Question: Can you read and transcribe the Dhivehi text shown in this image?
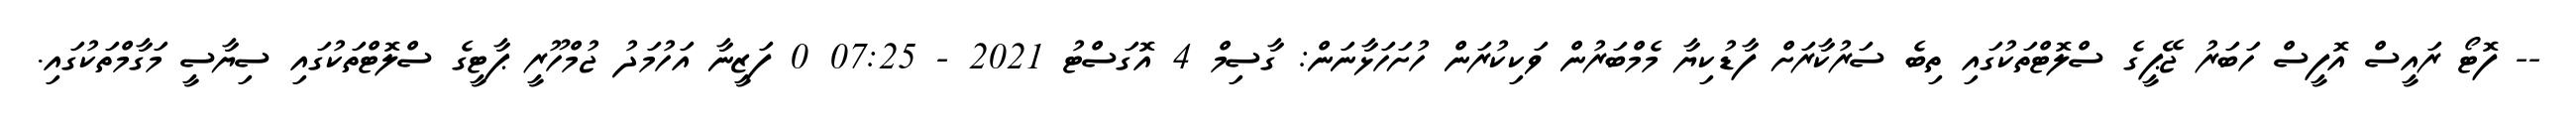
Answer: -- ފޮޓޯ ރައީސް އޮފީސް ހަބަރު ޖޭޕީގެ ސްލޮޓްތަކުގައި ތިބެ ސަރުކާރަށް ފާޑުކިޔާ މެމްބަރުން ވަކިކުރަން ހުށަހަޅާނަން: ގާސިމް 4 އޮގަސްޓު 2021 - 07:25 0 ފަޒީނާ އަހުމަދު ޖުމްހޫރީ ޕާޓީގެ ސްލޮޓްތަކުގައި ސިޔާސީ މަގާމްތަކުގައި.